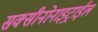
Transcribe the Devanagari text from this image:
सक्सीनोनाइट्राईल